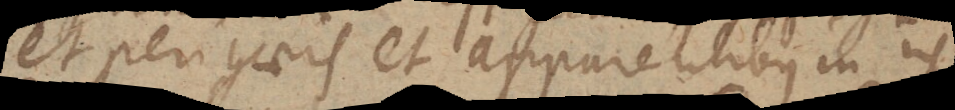
et perigaeis et apparentibus in iis